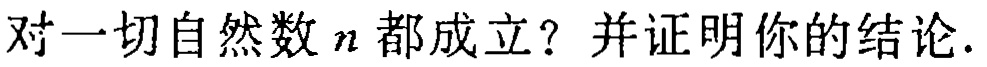
对一切自然数\(n\)都成立？并证明你的结论.